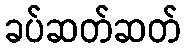
ခပ်ဆတ်ဆတ်